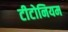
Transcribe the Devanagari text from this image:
टीटोनियम